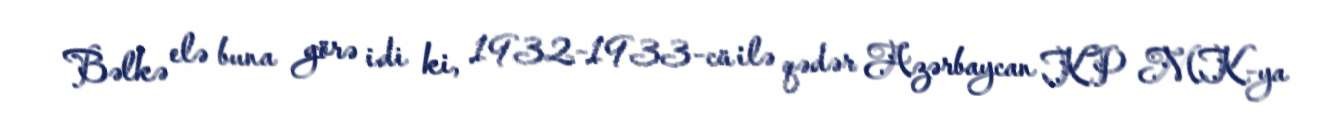
Bəlkə elə buna görə idi ki, 1932-1933-cü ilə qədər Azərbaycan KP MK-ya